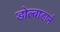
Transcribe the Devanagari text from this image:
डोल्बाडार्न